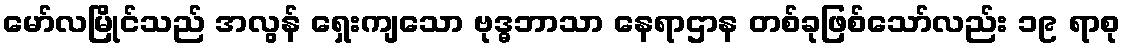
မော်လမြိုင်သည် အလွန် ရှေးကျသော ဗုဒ္ဓဘာသာ နေရာဌာန တစ်ခုဖြစ်သော်လည်း ၁၉ ရာစု